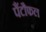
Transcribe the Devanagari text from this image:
पैंटौफल